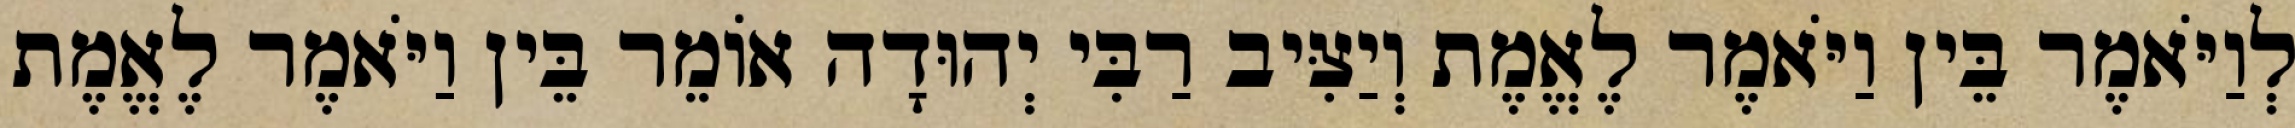
לְוַיֹּאמֶר בֵּין וַיֹּאמֶר לֶאֱמֶת וְיַצִּיב רַבִּי יְהוּדָה אוֹמֵר בֵּין וַיֹּאמֶר לֶאֱמֶת